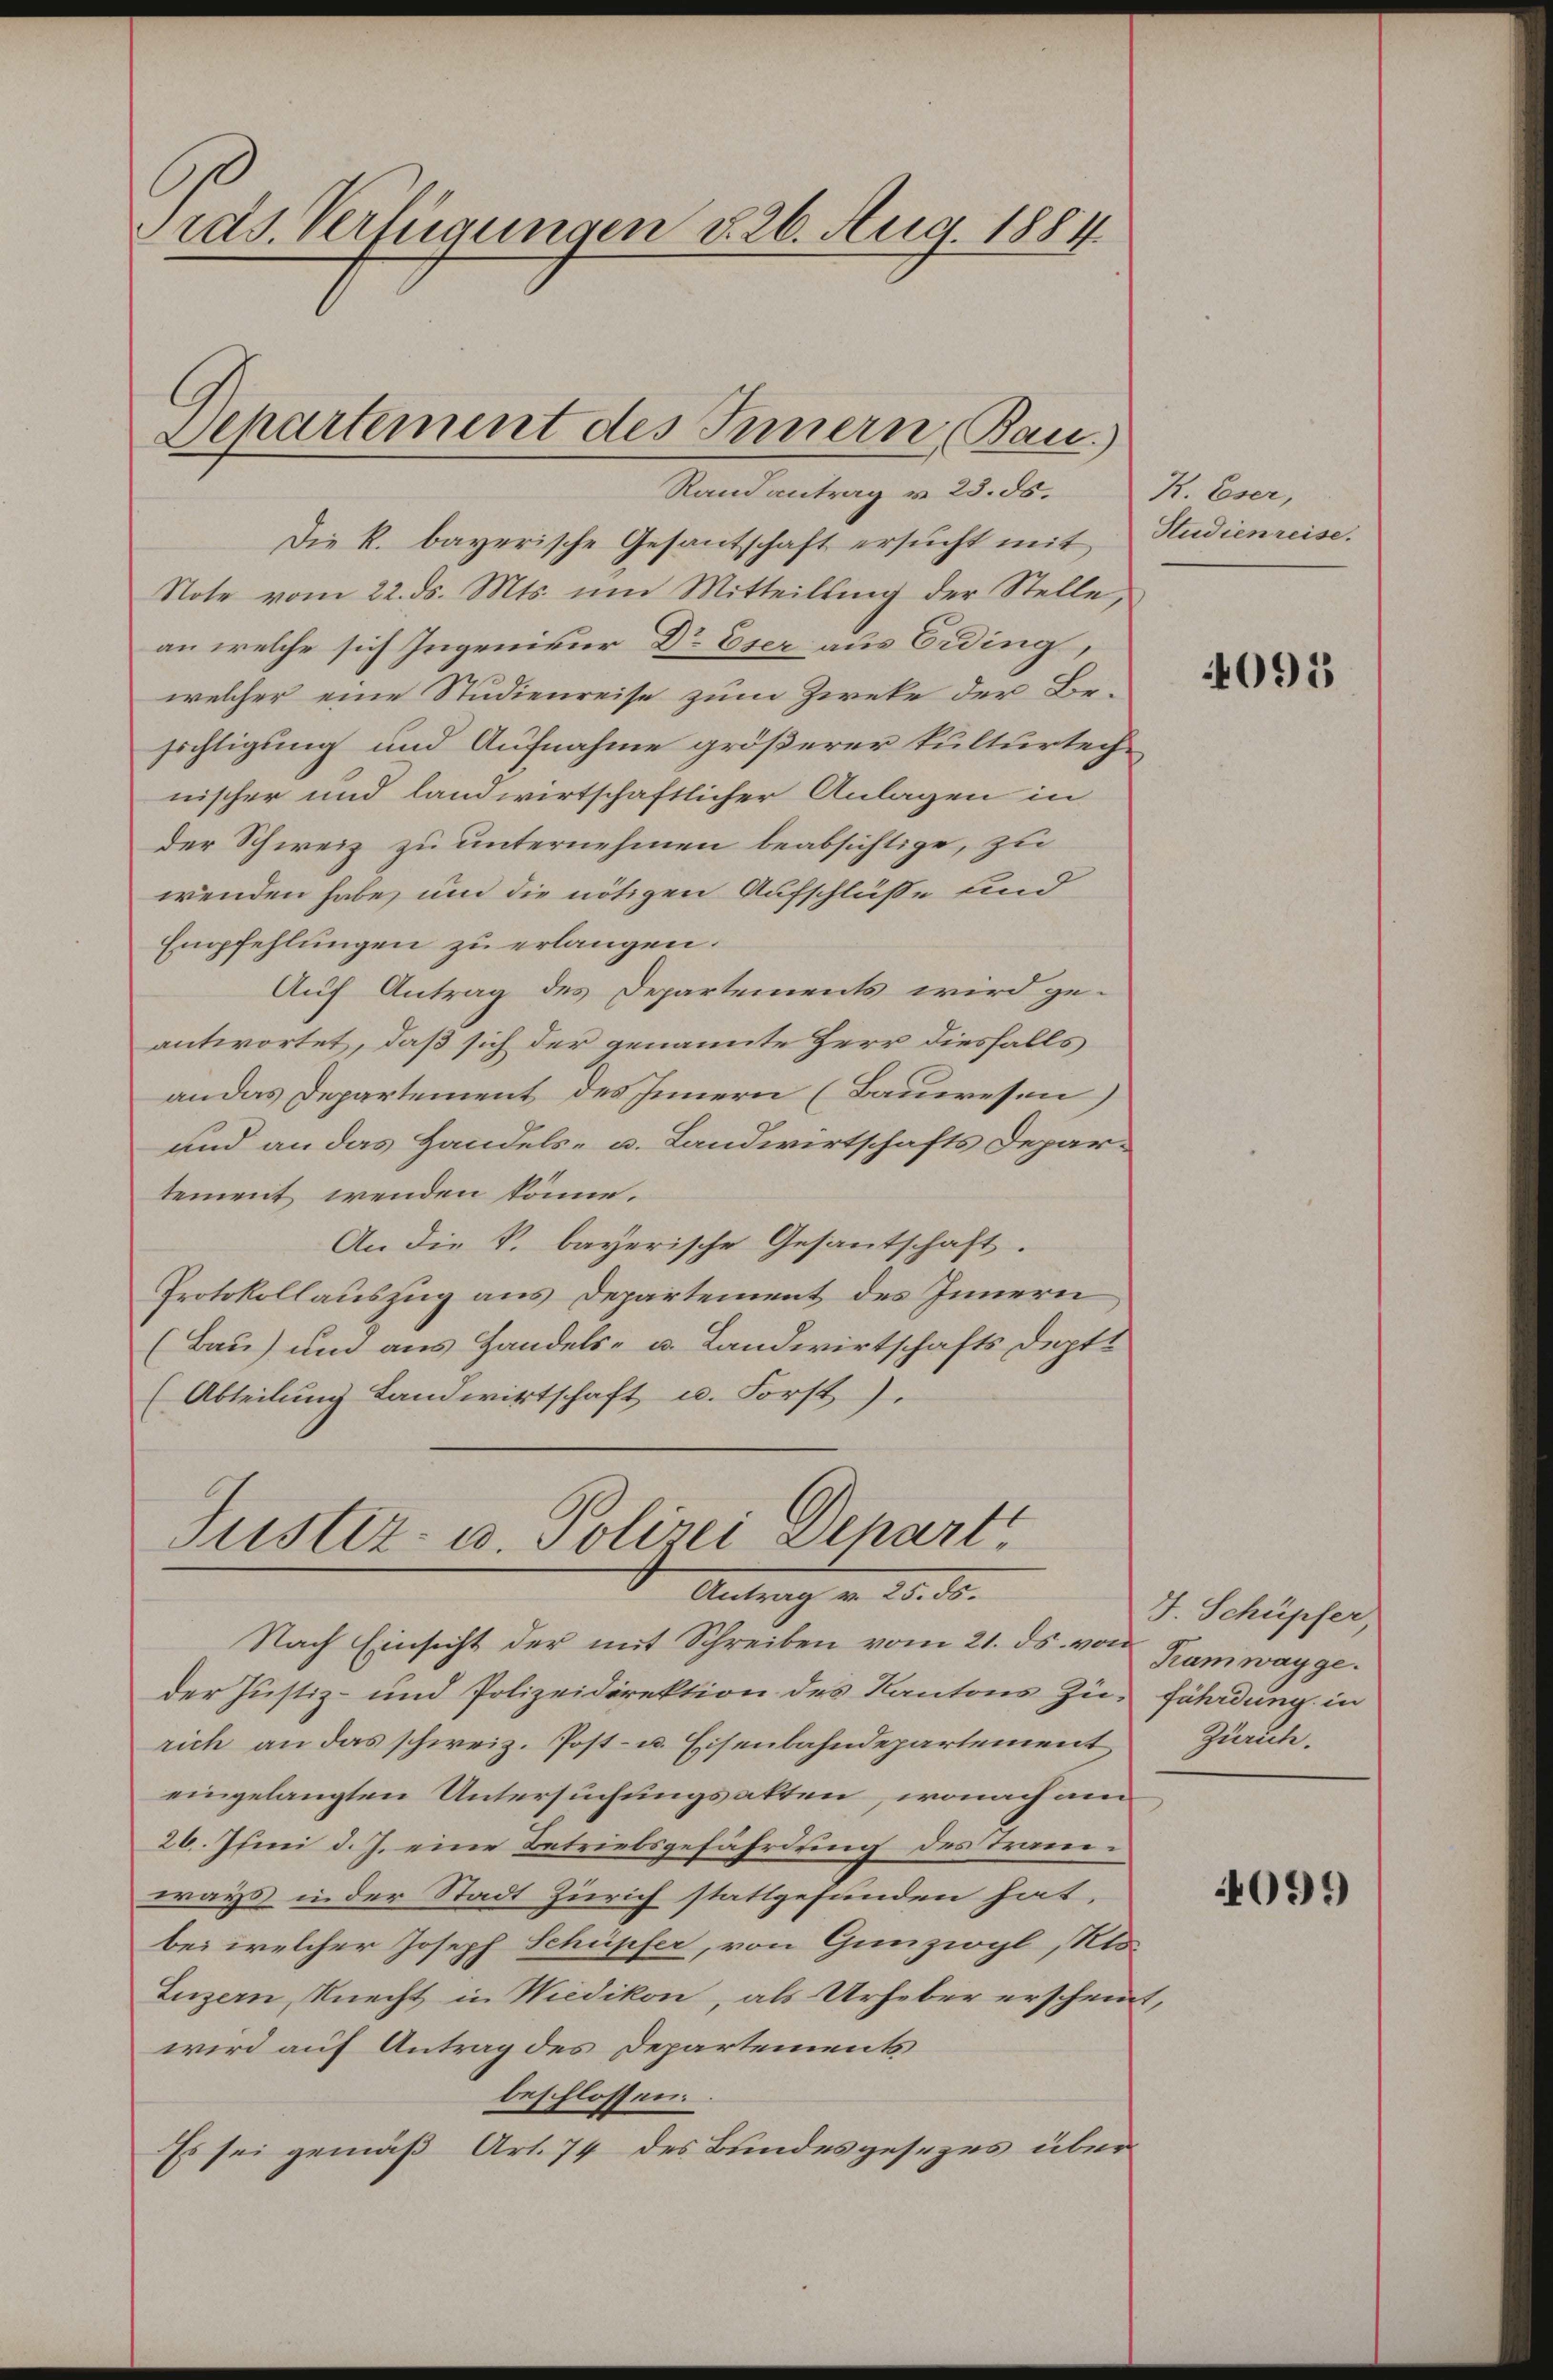
ras. Verfügungen d. 26. Aug. 1884.
Departement des Innern (Bau)
Randantrag v. 23. ds.

Die k. bayerische Gesantschaft ersŭcht mit Studienreise.
Note vom 22. ds. Mts. um Mitteilung der Stelle,
an welche sich Ingenieur Dr Eser aus Erding,
welcher eine Studienreise zum Zweke der Besichtigung und Aufnahme größerer kulturtechnischer und landwirtschaftlicher Anlagen in
der Schweiz zu unternehmen beabsichtige, zu
wenden habe, und die nötigen Aufschlüße und
Empfehlungen zu erlangen.
Auf Antrag des Departements wird geantwortet, daß sich der genannte Herr diesfalls
an das Departement des Innern (Bauwesen)
und an das Handels- u. Landwirtschafts Departement wenden könne.
An die k. bayerische Gesantschaft.
Protokollauszug aus Departement des Innern
(Bau) und aus Handels- u. Landwirtschafts deptt
(Abteilung Landwirtschaft u. Forst).

Justiz- u. Polizei Depart
Antrag v. 25. ds.
Nach Einsicht der mit Schreiben vom 21. ds. von Kamwayge

K. Eser,

der Justiz- und Polizeidirektion des Kantons Zu- Föhrdung in
rich an das schweiz. Post- u. Eisenbahndepartement Zürch.
eingelangten Untersuchungsakten, wonach am
26. Juni d. J. eine Betriebsgefährdung des Tramiways in der Stadt Zürich stattgefunden hat.
bei welcher Joseph Schüpfer, von Gunziogl, Nto¬
Luzern, Knecht in Wiedikon, als Urheber erscheint,
wird auf Antrag des Departements
beschlossen.
Es sei gemäß Art. 74 des Bundesgesezes über

095

J. Schüpfer,

4099